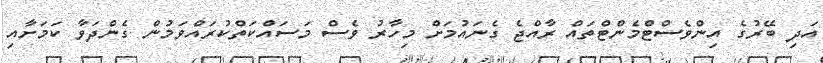
އަދި ބޭރުގެ އިންވެސްޓްމެންޓްތައް ރާއްޖެ ގެނައުމަށް މިހާރު ވެސް މަސައްކަތްކުރައްވަމުން ގެންދަވާ ކަމަށާއި